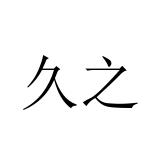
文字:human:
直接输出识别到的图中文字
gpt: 久之